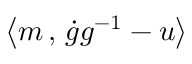
\left< m \, , \, \dot { g } g ^ { - 1 } - u \right>